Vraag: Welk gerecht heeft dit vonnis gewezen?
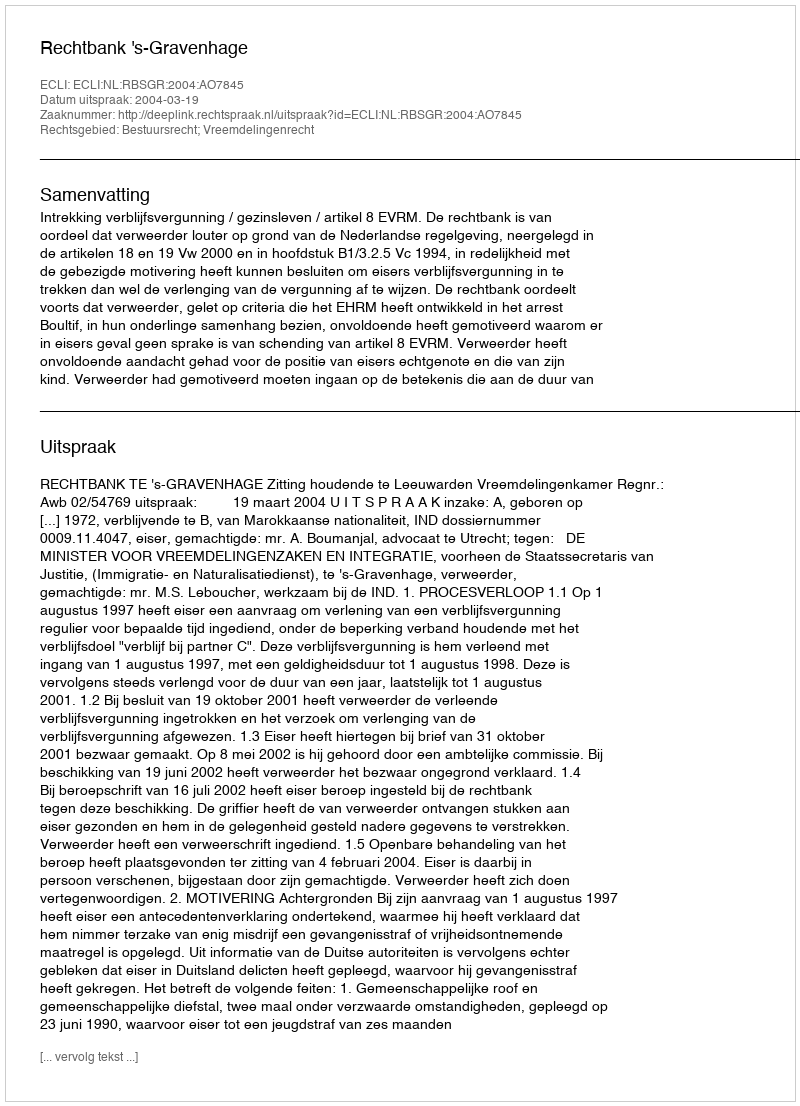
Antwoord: Rechtbank 's-Gravenhage